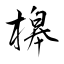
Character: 槔